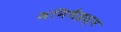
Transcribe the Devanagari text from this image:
मनिचैइस्म